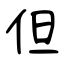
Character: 但